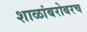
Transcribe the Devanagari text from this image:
शाळांबरोबरच